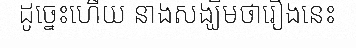
ដូច្នេះហើយ នាងសង្ឃឹមថារឿងនេះ